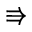
\Rrightarrow